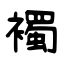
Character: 襡